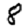
Digit: 8